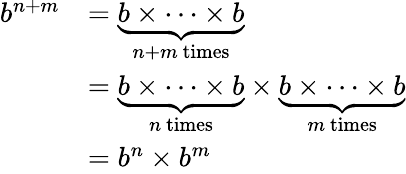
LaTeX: {\begin{array}{rl}{b^{n+m}}&{=\underbrace{b\times\dots\times b}_{n+m{\mathrm{~times}}}}\\ &{=\underbrace{b\times\dots\times b}_{n{\mathrm{~times}}}\times\underbrace{b\times\dots\times b}_{m{\mathrm{~times}}}}\\ &{=b^{n}\times b^{m}}\end{array}}